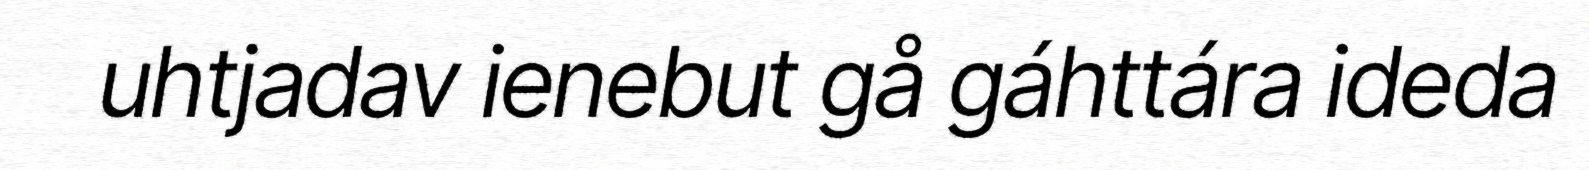
uhtjadav ienebut gå gáhttára ideda